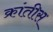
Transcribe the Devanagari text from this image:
क्रांतीस